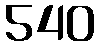
540